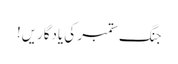
جنگ ستمبر کی یادگاریں!